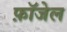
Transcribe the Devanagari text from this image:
फ़ॉजेल